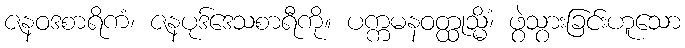
ဇနဝဒစာရိကံ၊ ဇနပုဒ်ဒေသစာရီကို။ ပက္ကမနဝတ္ထုသ္မိံ၊ ဖွဲသွားခြင်းဟူသော